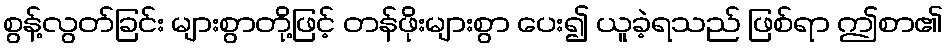
စွန့်လွတ်ခြင်း များစွာတို့ဖြင့် တန်ဖိုးများစွာ ပေး၍ ယူခဲ့ရသည် ဖြစ်ရာ ဤစာ၏